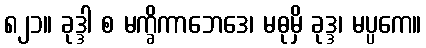
၈၂၁။ ခုဒ္ဒါ စ မက္ခိကာဘေဒေ၊ မဓုမှိ ခုဒ္ဒ၊ မပ္ပကေ။